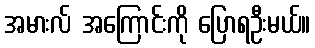
အမားလ် အကြောင်းကို ပြောရဦးမယ်။